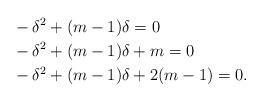
LaTeX: \begin{align*}&-\delta^{2}+(m-1)\delta=0\\&-\delta^{2}+(m-1)\delta+m=0\\&-\delta^{2}+(m-1)\delta+2(m-1)=0.\end{align*}